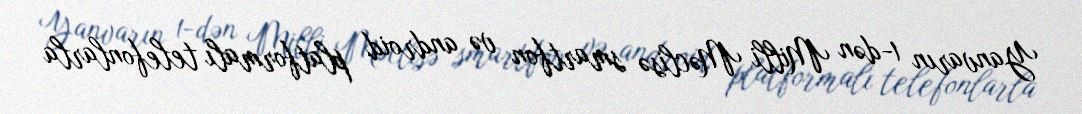
Yanvarın 1-dən Milli Məclisə smartfon və android platformalı telefonlarla